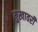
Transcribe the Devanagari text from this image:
मुखावरी